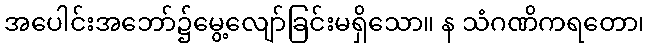
အပေါင်းအဘော်၌မွေ့လျော်ခြင်းမရှိသော။ န သံဂဏိကရတော၊